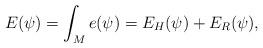
LaTeX: \begin{align*}E(\psi)= \int_M e(\psi) = E_H(\psi) + E_R(\psi),\end{align*}